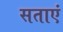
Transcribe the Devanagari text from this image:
सताएं